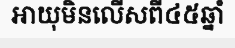
អាយុមិនលើសពី៤៥ឆ្នាំ